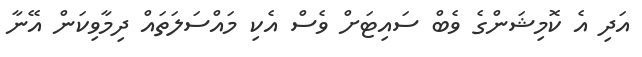
އަދި އެ ކޮމިޝަންގެ ވެބް ސައިޓަށް ވެސް އެކި މައްސަލަތައް ދިމާވިކަން އޭނާ